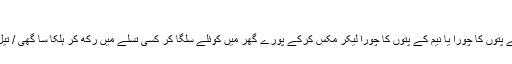
4) ہرمل کافور
گھر میں ہر پندرہ دن بعد ہرمل کافور بخور بیری کے پتوں کا چورا یا نیم کے پتوں کا چورا لیکر مکس کرکے پورے گھر میں کوئلے سلگا کر کسی تسلے میں رکھ کر ہلکا سا گھی / تیل ڈال کر اور یہ چورا مکسچر ڈال ڈال کر دھونی دیں۔